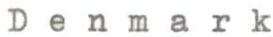
Denmark